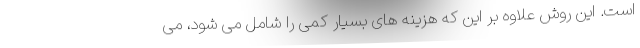
است. این روش علاوه بر این که هزینه های بسیار کمی را شامل می شود، می